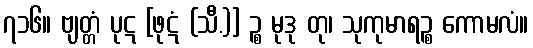
၇၁၆။ ဗျတ္တံ ပုဋ [ဖုဋံ (သီ.)] ဉ္စ မုဒု တု၊ သုကုမာရဉ္စ ကောမလံ။